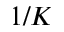
1 / K